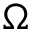
\Omega